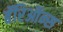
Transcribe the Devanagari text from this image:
बॅरिऑन्स